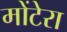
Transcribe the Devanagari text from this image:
मोंटेरा